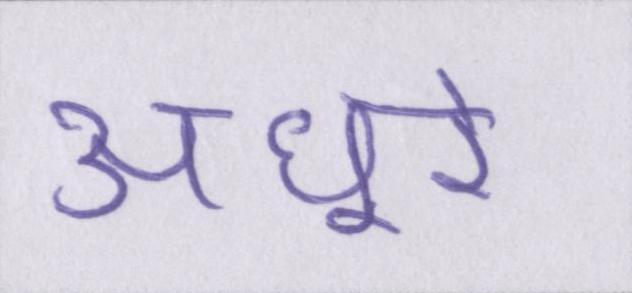
अधूरे